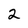
Character: 2